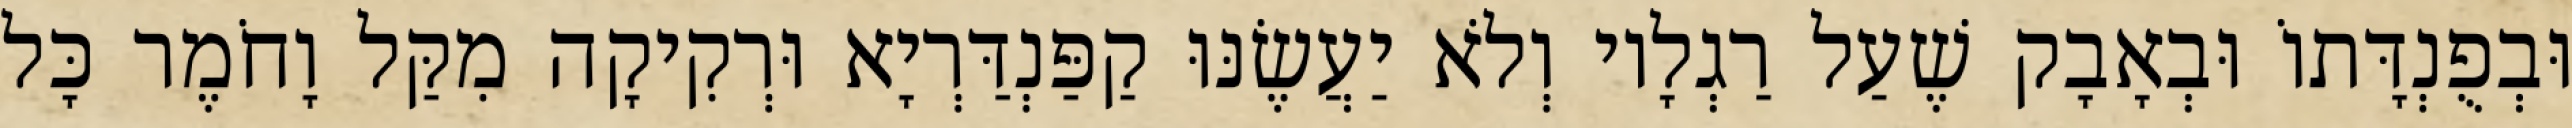
וּבְפֻנְדָּתוֹ וּבְאָבָק שֶׁעַל רַגְלָיו וְלֹא יַעֲשֶׂנּוּ קַפַּנְדַּרְיָא וּרְקִיקָה מִקַּל וָחֹמֶר כָּל